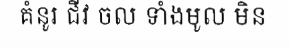
គំនូរ ជីវ ចល ទាំងមូល មិន